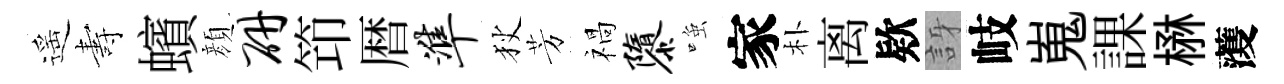
遥夀蠙顔研笻暦准狄芳禍隳𫪻家朴离欵訝岐嵬課楙𮑮